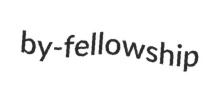
by-fellowship